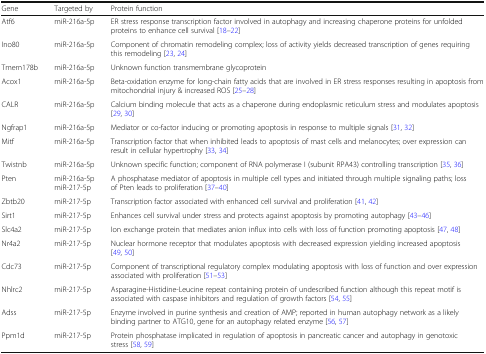
<table><thead><tr><td><b>Gene</b></td><td><b>Targeted by</b></td><td><b>Protein function</b></td></tr></thead><tbody><tr><td>Atf6</td><td>miR-216a-5p</td><td>ER stress response transcription factor involved in autophagy and increasing chaperone proteins for unfolded proteins to enhance cell survival [18–22]</td></tr><tr><td>Ino80</td><td>miR-216a-5p</td><td>Component of chromatin remodeling complex; loss of activity yields decreased transcription of genes requiring this remodeling [23, 24]</td></tr><tr><td>Tmem178b</td><td>miR-216a-5p</td><td>Unknown function transmembrane glycoprotein</td></tr><tr><td>Acox1</td><td>miR-216a-5p</td><td>Beta-oxidation enzyme for long-chain fatty acids that are involved in ER stress responses resulting in apoptosis from mitochondrial injury &amp; increased ROS [25–28]</td></tr><tr><td>CALR</td><td>miR-216a-5p</td><td>Calcium binding molecule that acts as a chaperone during endoplasmic reticulum stress and modulates apoptosis [29, 30]</td></tr><tr><td>Ngfrap1</td><td>miR-216a-5p</td><td>Mediator or co-factor inducing or promoting apoptosis in response to multiple signals [31, 32]</td></tr><tr><td>Mitf</td><td>miR-216a-5p</td><td>Transcription factor that when inhibited leads to apoptosis of mast cells and melanocytes; over expression can result in cellular hypertrophy [33, 34]</td></tr><tr><td>Twistnb</td><td>miR-216a-5p</td><td>Unknown specific function; component of RNA polymerase I (subunit RPA43) controlling transcription [35, 36]</td></tr><tr><td>Pten</td><td>miR-216a-5p miR-217-5p</td><td>A phosphatase mediator of apoptosis in multiple cell types and initiated through multiple signaling paths; loss of Pten leads to proliferation [37–40]</td></tr><tr><td>Zbtb20</td><td>miR-217-5p</td><td>Transcription factor associated with enhanced cell survival and proliferation [41, 42]</td></tr><tr><td>Sirt1</td><td>miR-217-5p</td><td>Enhances cell survival under stress and protects against apoptosis by promoting autophagy [43–46]</td></tr><tr><td>Slc4a2</td><td>miR-217-5p</td><td>Ion exchange protein that mediates anion influx into cells with loss of function promoting apoptosis [47, 48]</td></tr><tr><td>Nr4a2</td><td>miR-217-5p</td><td>Nuclear hormone receptor that modulates apoptosis with decreased expression yielding increased apoptosis [49, 50]</td></tr><tr><td>Cdc73</td><td>miR-217-5p</td><td>Component of transcriptional regulatory complex modulating apoptosis with loss of function and over expression associated with proliferation [51–53]</td></tr><tr><td>Nhlrc2</td><td>miR-217-5p</td><td>Asparagine-Histidine-Leucine repeat containing protein of undescribed function although this repeat motif is associated with caspase inhibitors and regulation of growth factors [54, 55]</td></tr><tr><td>Adss</td><td>miR-217-5p</td><td>Enzyme involved in purine synthesis and creation of AMP; reported in human autophagy network as a likely binding partner to ATG10, gene for an autophagy related enzyme [56, 57]</td></tr><tr><td>Ppm1d</td><td>miR-217-5p</td><td>Protein phosphatase implicated in regulation of apoptosis in pancreatic cancer and autophagy in genotoxic stress [58, 59]</td></tr></tbody></table>